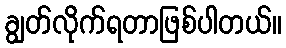
ချွတ်လိုက်ရတာဖြစ်ပါတယ်။